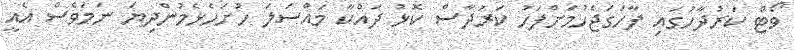
ވޯޓް ކަރުދާހުގައި ފާހަގަޖެހުމަށްފަހު ކަރުދާސް ކޮޅު ދައްކާ މައްސަލަ ހުށަހެޅެމުންދިޔަ ނަމަވެސް އެއީ